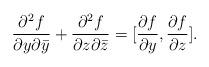
LaTeX: \begin{align*}\frac{\partial ^2 f}{\partial y \partial \bar { y}} +\frac{\partial ^2 f}{\partial z \partial \bar { z}} =[\frac{\partial f}{\partial y}, \frac{\partial f}{\partial z}].\end{align*}